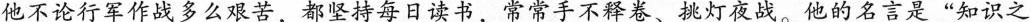
他不论行军作战多么艰苦，都坚持每日读书，常常手不释卷、挑灯夜战。他的名言是”知识之